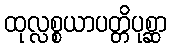
ထုလ္လစ္စယာပတ္တိပုစ္ဆာ